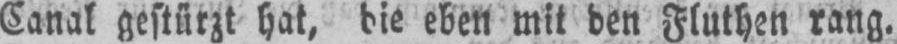
Canal gestürzt hat, die eben mit den Fluthen rang.